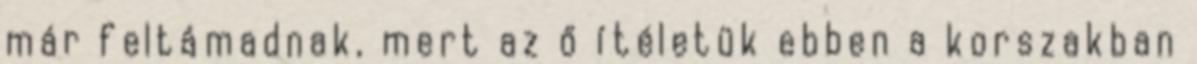
már feltámadnak, mert az ő ítéletük ebben a korszakban